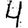
Digit: 4